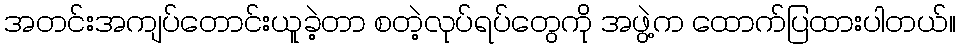
အတင်းအကျပ်တောင်းယူခဲ့တာ စတဲ့လုပ်ရပ်တွေကို အဖွဲ့က ထောက်ပြထားပါတယ်။